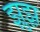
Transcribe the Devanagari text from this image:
झ़ुझ़